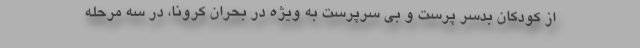
از کودکان بدسر پرست و بی سرپرست به ویژه در بحران کرونا، در سه مرحله